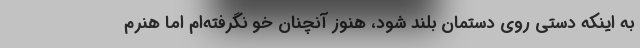
به اینکه دستی روی دستمان بلند شود، هنوز آنچنان خو نگرفته‌ام اما هنرم